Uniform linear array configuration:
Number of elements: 48
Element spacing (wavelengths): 0.5
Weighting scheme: blackman
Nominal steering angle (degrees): -30
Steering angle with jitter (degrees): -31.101
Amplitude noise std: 0.05
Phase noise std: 0.05

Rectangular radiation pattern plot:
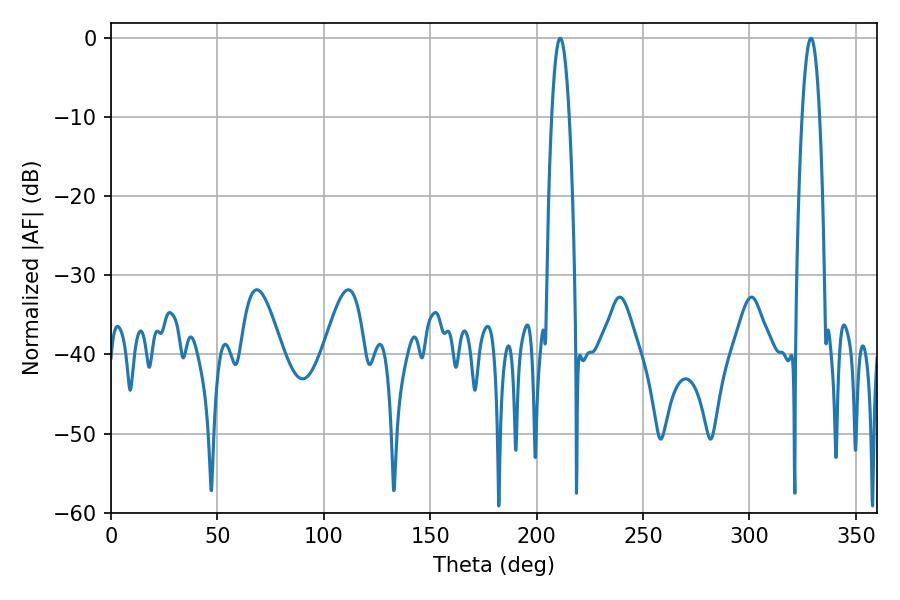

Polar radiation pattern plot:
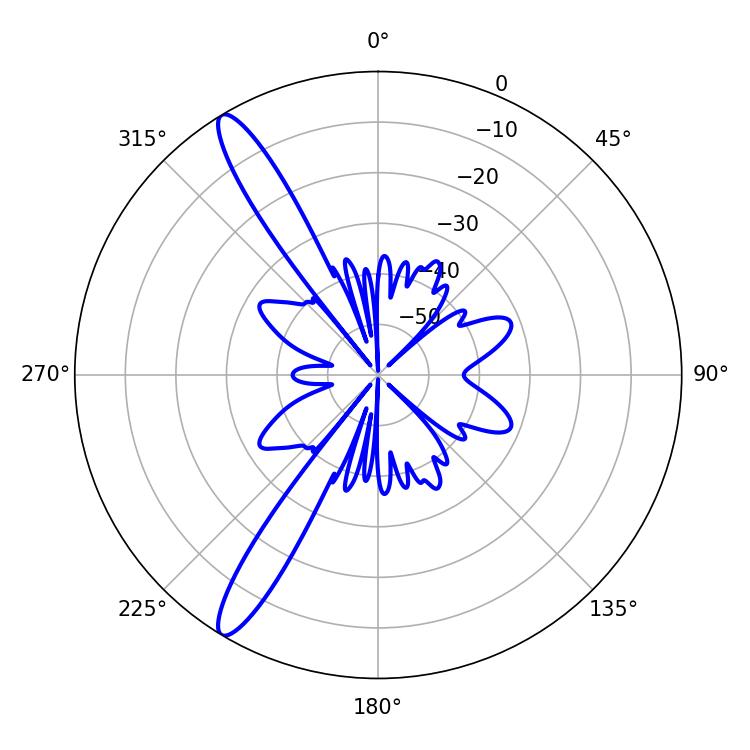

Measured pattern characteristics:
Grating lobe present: FALSE
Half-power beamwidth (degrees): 4.5
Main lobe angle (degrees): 211.14